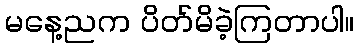
မနေ့ညက ပိတ်မိခဲ့ကြတာပါ။